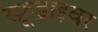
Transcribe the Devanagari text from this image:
स्क्रूड्राइवर